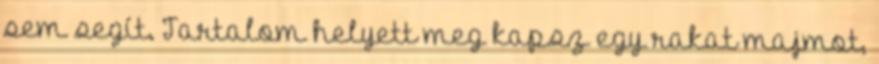
sem segít. Tartalom helyett meg kapsz egy rakat majmot,